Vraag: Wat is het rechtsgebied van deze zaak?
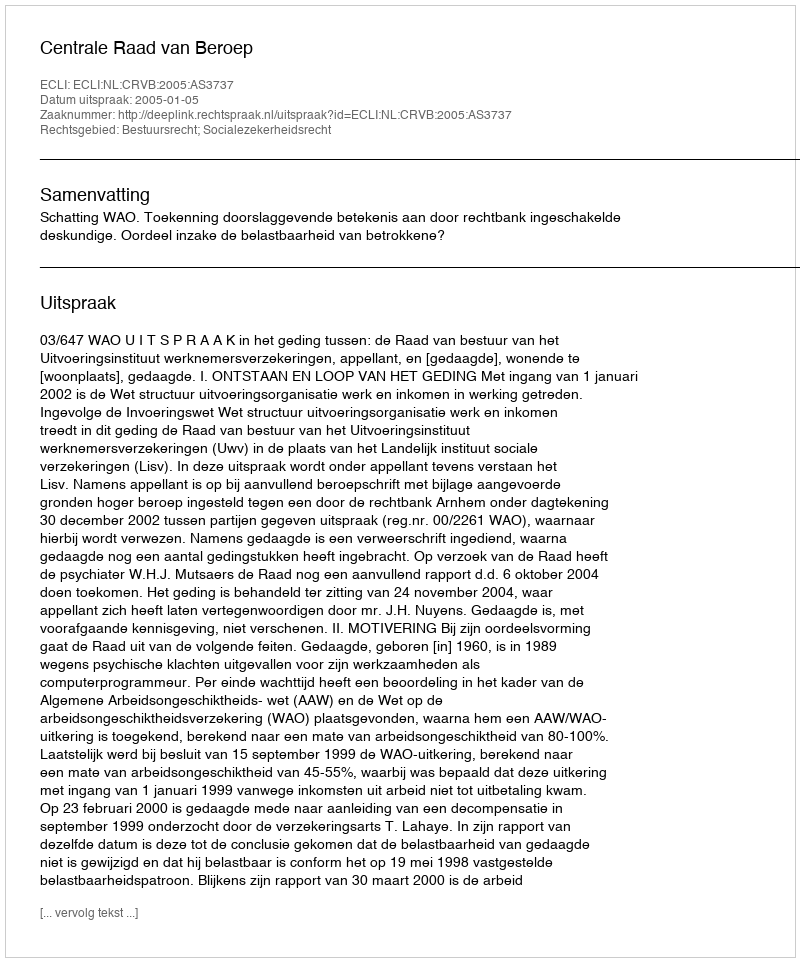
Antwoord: Bestuursrecht; Socialezekerheidsrecht